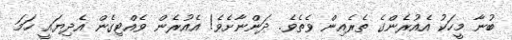
ބުނާ މީހަކު އެއުރެންގެ ތެރެއިން ވެތެވެ. ދަންނާށެވެ! އެއުރެން ވެއްޓިގެން އެދިޔައީ ހަމަ